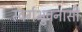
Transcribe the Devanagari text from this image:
स्वर्गभुवनासी